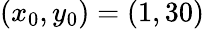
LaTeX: (x_{0},y_{0})=(1,30)